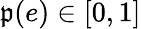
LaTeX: \mathfrak{p}(e)\in[0,1]